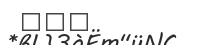
٢٢٥